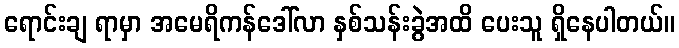
ရောင်းချ ရာမှာ အမေရိကန်ဒေါ်လာ နှစ်သန်းခွဲအထိ ပေးသူ ရှိနေပါတယ်။